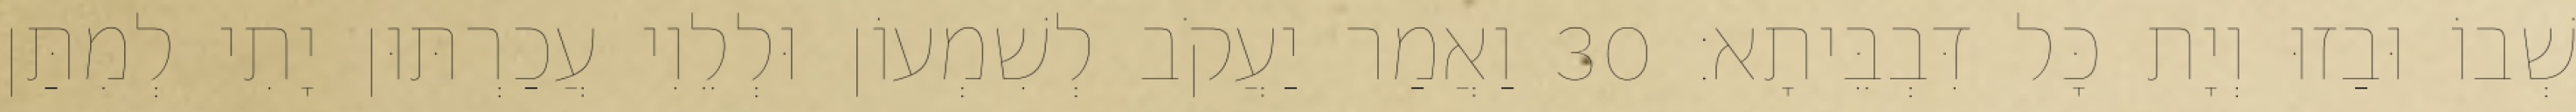
שְׁבוֹ וּבַזוּ וְיָת כָּל דִּבְבֵּיתָא׃ 30 וַאֲמַר יַעֲקֹב לְשִׁמְעוֹן וּלְלֵוִי עֲכַרְתּוּן יָתִי לְמִתַּן